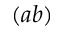
( a b )